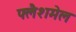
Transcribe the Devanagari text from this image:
फ्लैशमेल